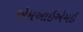
એમઆઇએમઇ